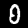
Label: 0